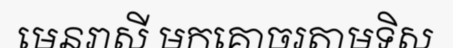
មេនរាសី មកគោចរតាមទិស